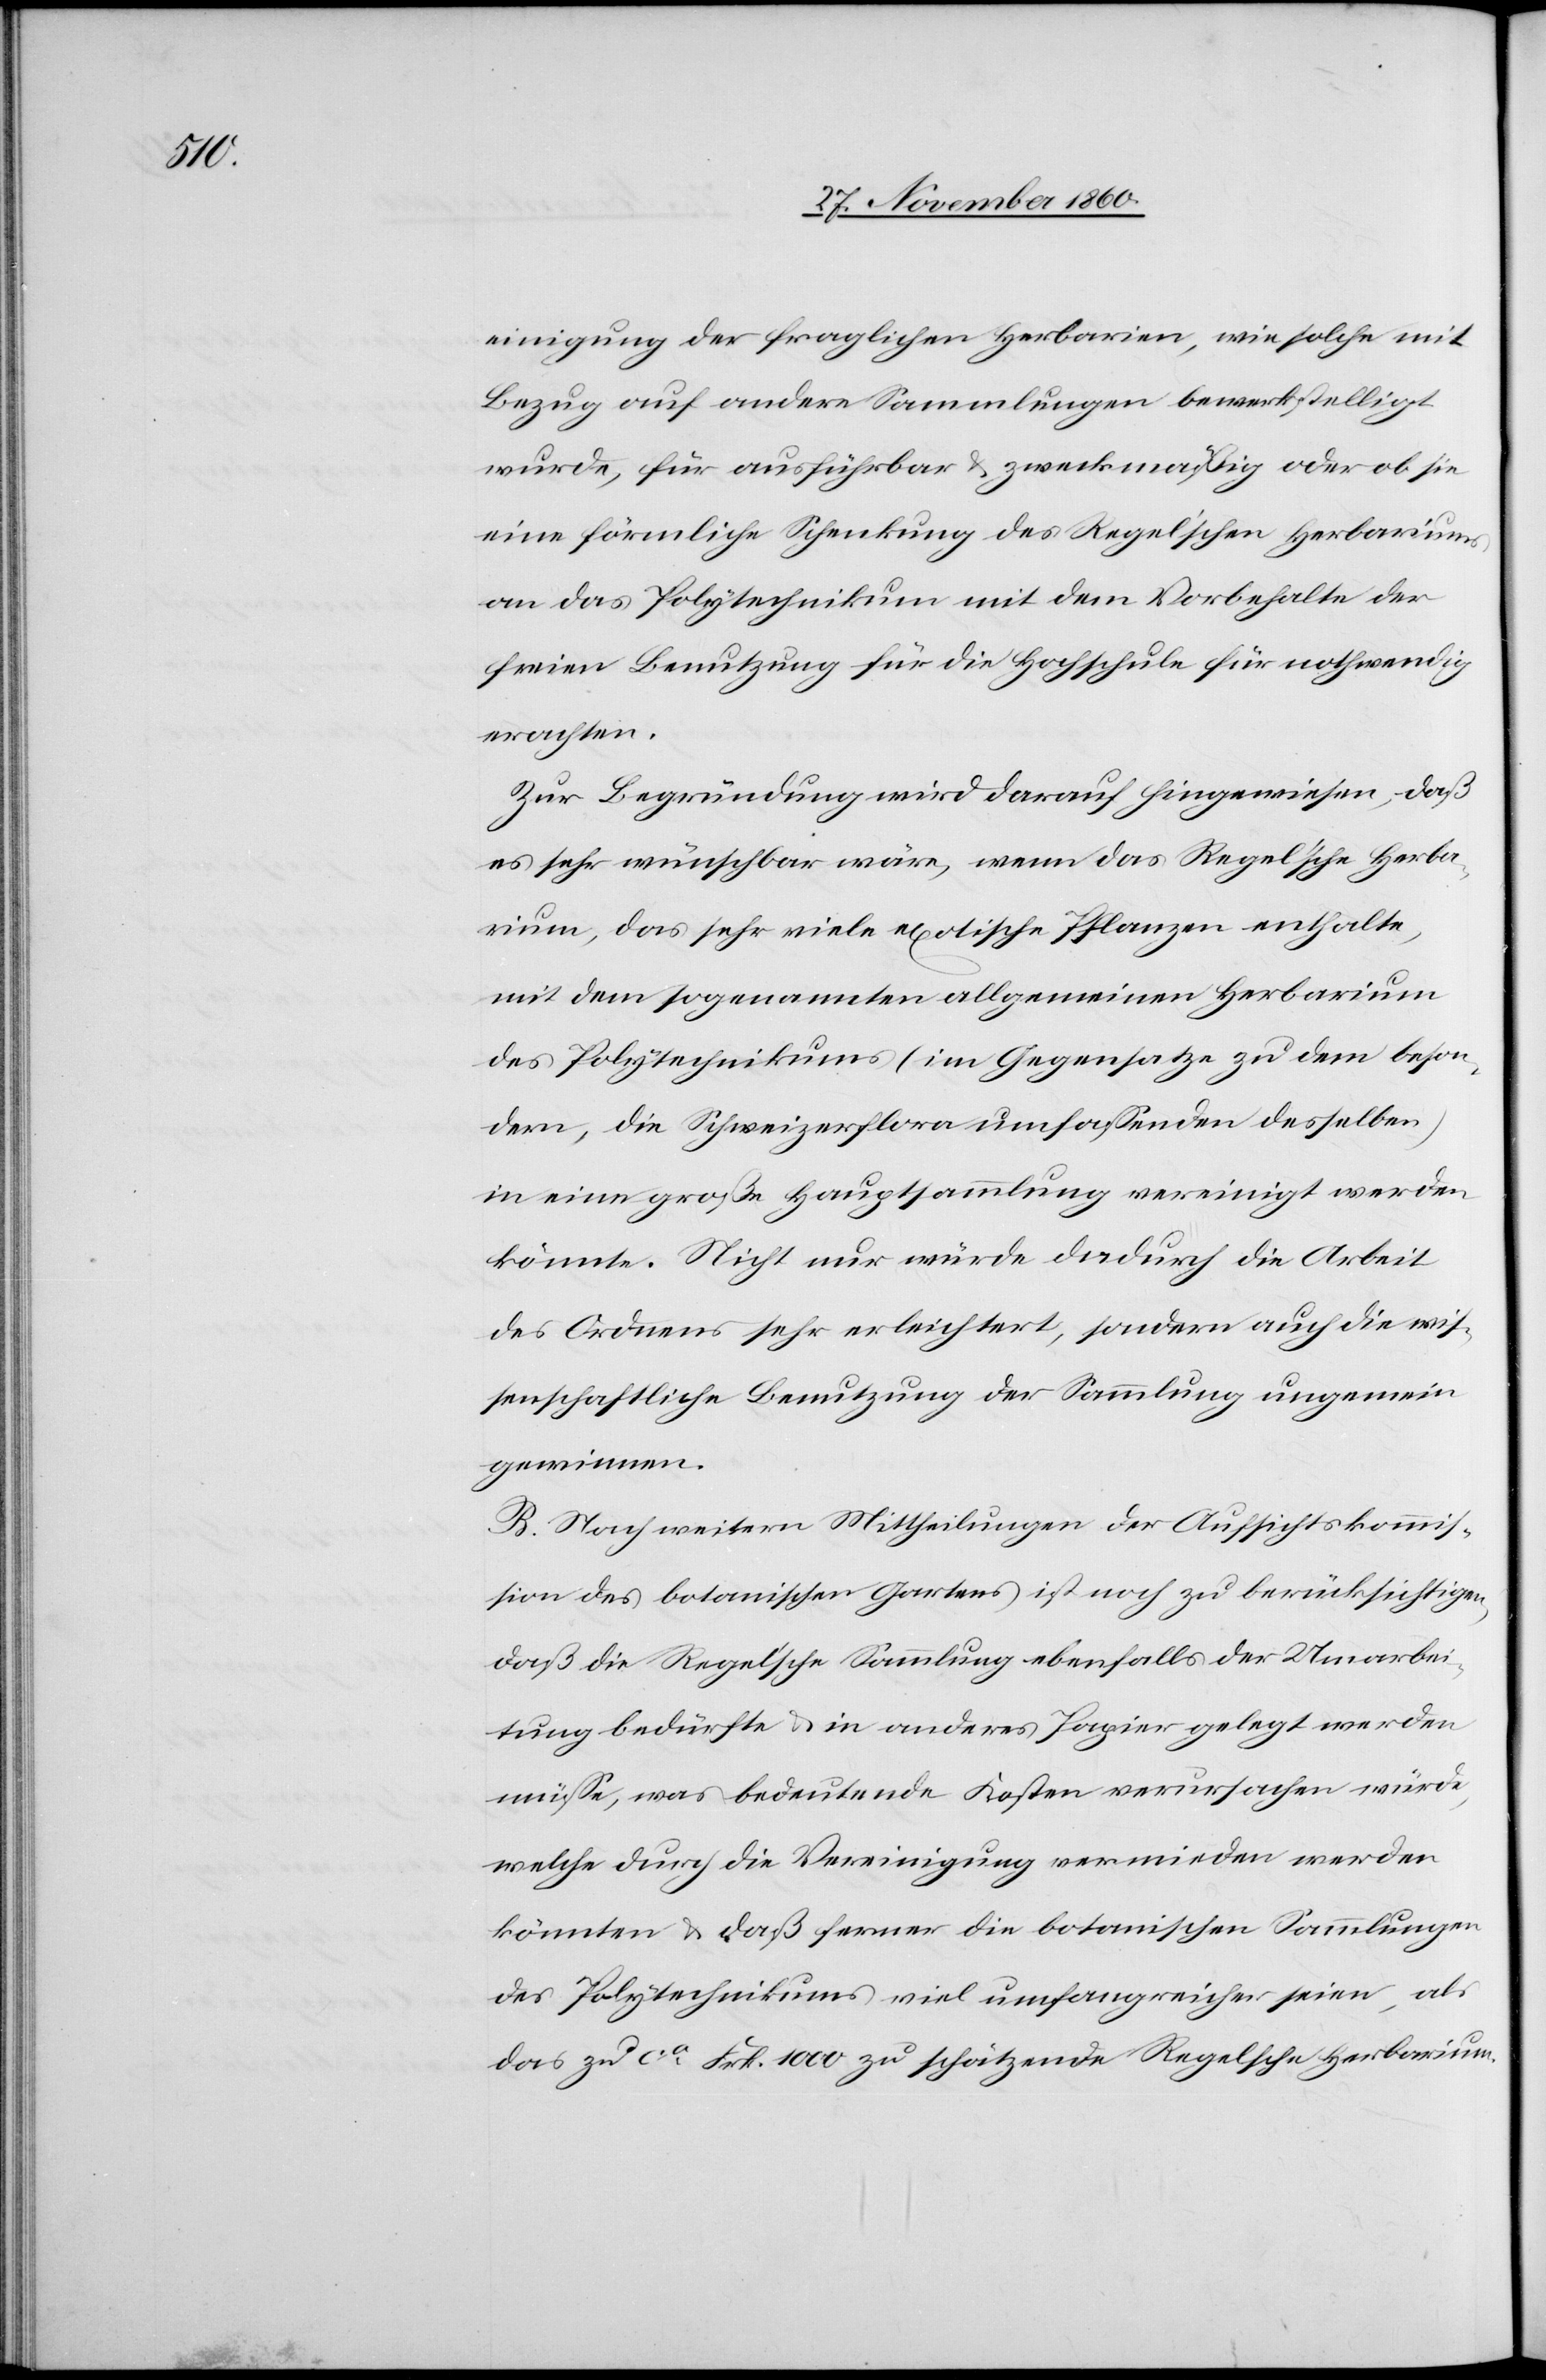
einigung der fraglichen Herbarien, wie solche mit
Bezug auf andere Sammlungen bewerkstelligt
wurde, für ausführbar u. zweckmäßig oder ob sie
eine förmliche Schenkung des Regel’schen Herbariums
an das Polytechnikum mit dem Vorbehalte der
freien Benutzung für die Hochschule für nothwendig
erachten.
Zur Begründung wird darauf hingewiesen, daß
es sehr wünschbar wäre, wenn das Regel’sche Herba¬
rium, das sehr viele exotische Pflanzen enthalte,
mit dem sogenannten allgemeinen Herbarium
des Polytechnikums (im Gegensatze zu dem beson¬
dern, die Schweizerflora umfassenden desselben)
in eine große Hauptsammlung vereinigt werden
könnte. Nicht nur würde dadurch die Arbeit
des Ordnens sehr erleichtert, sondern auch die wis¬
senschaftliche Benutzung der Sammlung ungemein
gewinnen.
B. Nach weitern Mittheilungen der Aufsichtkommis¬
sion des botanischen Gartens ist noch zu berücksichtigen,
daß die Regel’sche Sammlung ebenfalls der Umarbei¬
tung bedürfte u. in anderes Papier gelegt werden
müsse, was bedeutende Kosten verursachen würde,
welche durch die Vereinigung vermieden werden
könnten u. daß ferner die botanischen Sammlungen
des Polytechnikums viel umfangreicher seien, als
das zu ca Frk. 1000 zu schätzende Regelsche Herbarium.